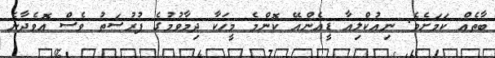
ބާތެއް ކަމަށެވެ. ނިއުކްލިއާ ޑީއެންއޭ ކޮންމެ މީހަކާ ދިމާވުމުގެ ފުރުސަތު ވެސް އޮވެދާނެ